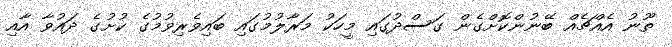
ތޫނު އެއްޗެއް ބޭނުންކޮށްގެން ގަސްދުގައި މީހަކު މަރާލުމުގައި ބައިވެރިވުމުގެ ކުށުގެ ދައުވާ އާއި